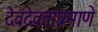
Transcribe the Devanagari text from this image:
देवदेवतांप्रमाणे